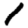
Digit: 1